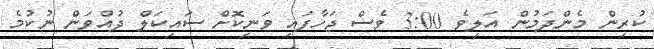
ކުރިން މެންދަމުން އަލިވެ 3:00 ވެސް ޖަހާފައި ވަނިކޮށް ސައިކަލް ދުއްވަން ނުކުމެ